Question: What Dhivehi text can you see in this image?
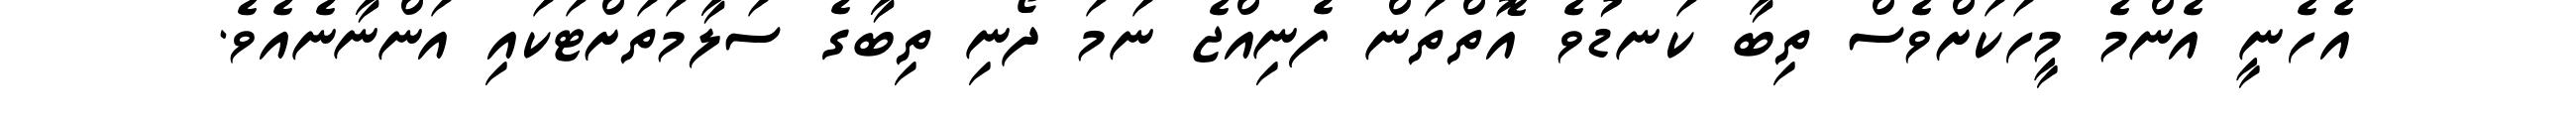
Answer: އެހެނީ އެންމެ މީހަކަށްވެސް ތިބާ ކަނޑުވެ އޮތްތަން ފެނިއްޖެ ނަމަ ދޯނި ތިބާގެ ސަލާމަތަށްޓަކައި އަންނާނެއެވެ.